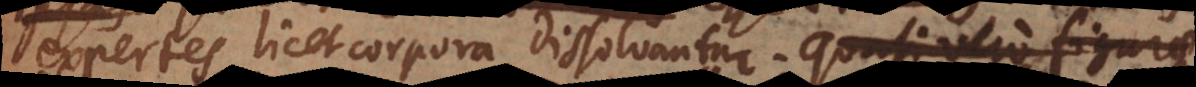
expertes licet corpora dissolvantur. Quasi vero figurae